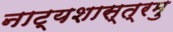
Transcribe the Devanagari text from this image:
नाट्यशास्त्रमु